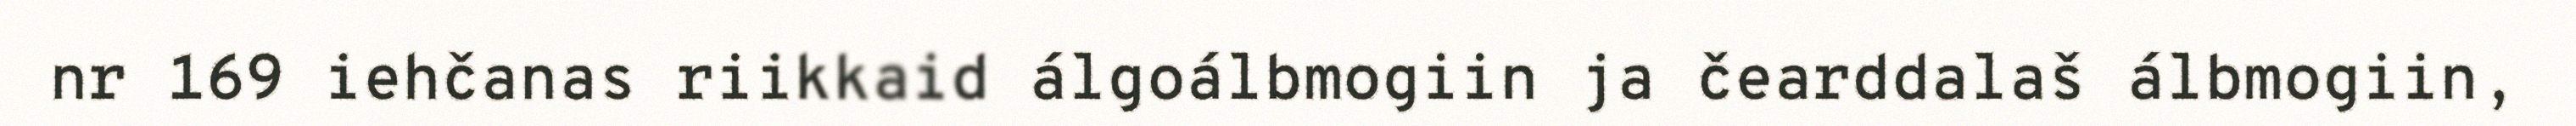
nr 169 iehčanas riikkaid álgoálbmogiin ja čearddalaš álbmogiin,